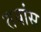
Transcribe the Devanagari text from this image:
तयांस